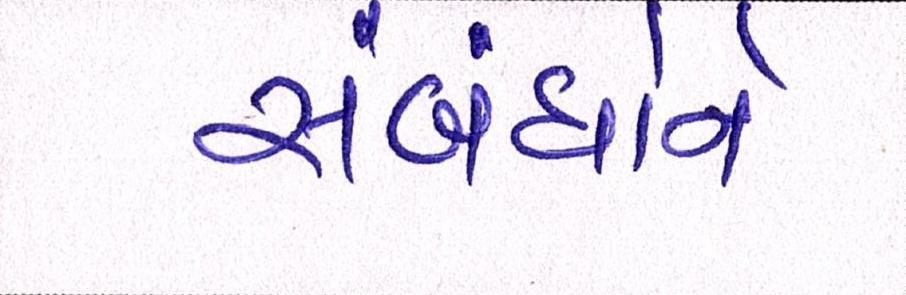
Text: સંબંધોને